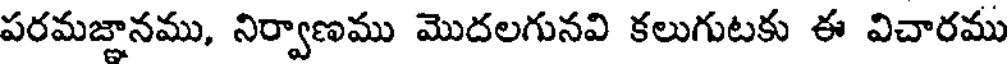
పరమజ్ఞానము, నిర్వాణము మొదలగునవి కలుగుటకు ఈ విచారము